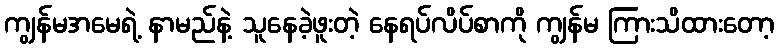
ကျွန်မအမေရဲ့ နာမည်နဲ့ သူနေခဲ့ဖူးတဲ့ နေရပ်လိပ်စာကို ကျွန်မ ကြားသိထားတော့